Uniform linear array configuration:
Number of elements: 12
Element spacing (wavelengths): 0.25
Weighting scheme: blackman
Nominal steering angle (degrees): -45
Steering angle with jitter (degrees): -43.939
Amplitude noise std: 0.05
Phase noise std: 0.05

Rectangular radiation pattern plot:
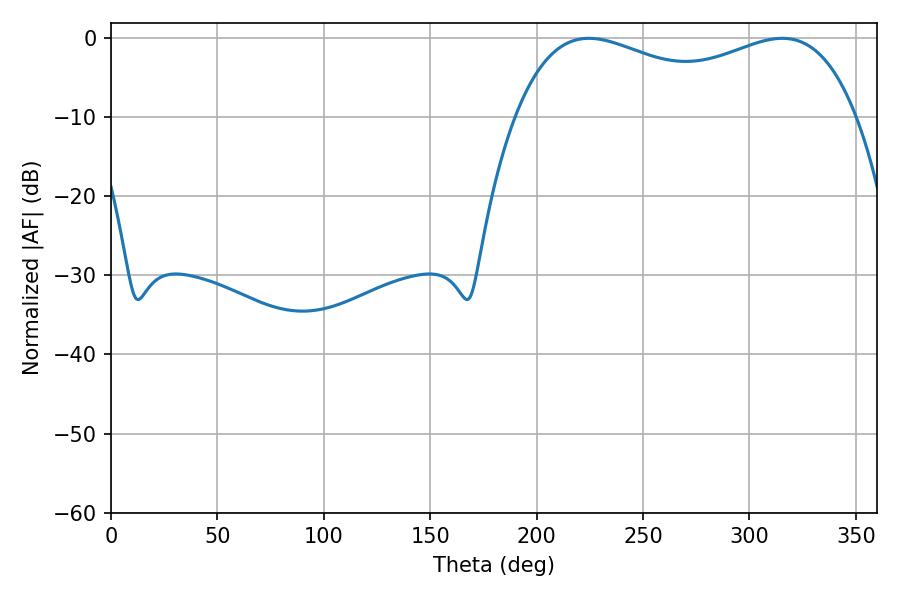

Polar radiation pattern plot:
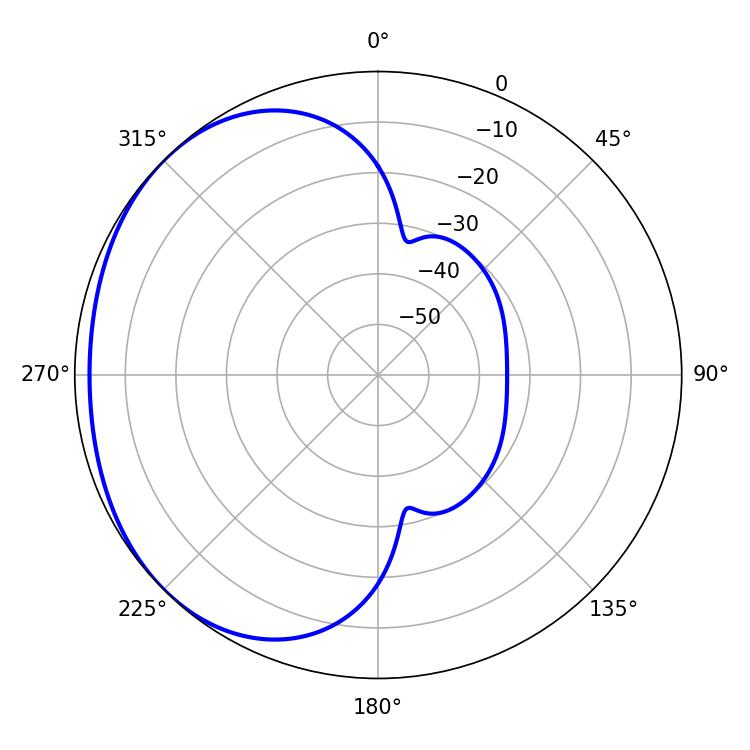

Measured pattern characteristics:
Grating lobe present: FALSE
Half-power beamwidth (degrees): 132.48
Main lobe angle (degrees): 224.64